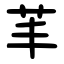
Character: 䒠